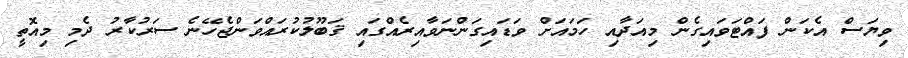
ވިޔަސް އެކަން ފައްޓަވައިގެން މިއަދާއި ހަމައަށް ވަޑައިގަންނަވާއިރެއްގައި ޤަބޫލުކުރައްވަންޖެހޭނެ ސަރުކާރު ދެމި މިއޮތީ